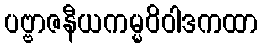
ပဗ္ဗာဇနီယကမ္မဝိဝါဒကထာ